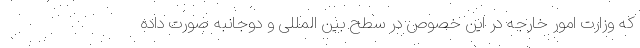
که وزارت امور خارجه در این خصوص در سطح بین المللی و دوجانبه صورت داده